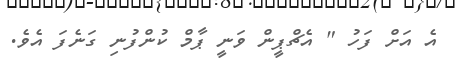
އެ އަށް ފަހު " އެޗްޕީން ވަނީ ޕާމް ކުންފުނި ގަނެފަ އެވެ.